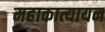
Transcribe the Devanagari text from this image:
महाकात्यायन